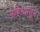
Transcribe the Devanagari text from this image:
महिन्यातुन